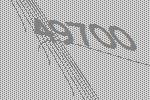
49700